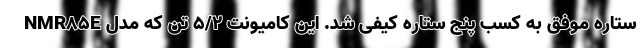
ستاره موفق به کسب پنج ستاره کیفی شد. این کامیونت 5/2 تن که مدل NMR85E